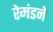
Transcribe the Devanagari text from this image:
रेमंडने